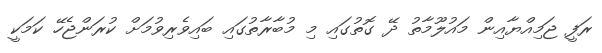
ރަފީ ޖަމިއްޔާއިން މައުލޫމާތު ދޭ ގޮތުގައި މި މުބާރާތުގައި ބައިވެރިވުމަށް ކުރަންޖެހޭ ކަމަކީ